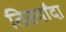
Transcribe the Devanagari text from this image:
तिसर्यांदा